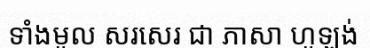
ទាំងមូល សរសេរ ជា ភាសា ហូឡង់